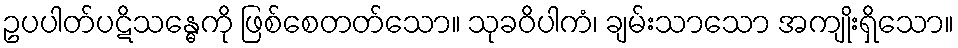
ဥပပါတ်ပဋိသန္ဓေကို ဖြစ်စေတတ်သော။ သုခဝိပါကံ၊ ချမ်းသာသော အကျိုးရှိသော။